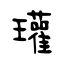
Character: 瓘